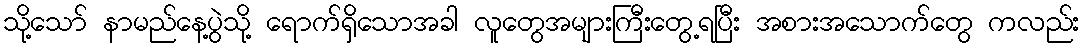
သို့သော် နာမည်နေ့ပွဲသို့ ရောက်ရှိသောအခါ လူတွေအများကြီးတွေ့ရပြီး အစားအသောက်တွေ ကလည်း